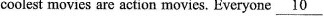
coolest movies are action movies. Everyone \underline{ 1 0 }